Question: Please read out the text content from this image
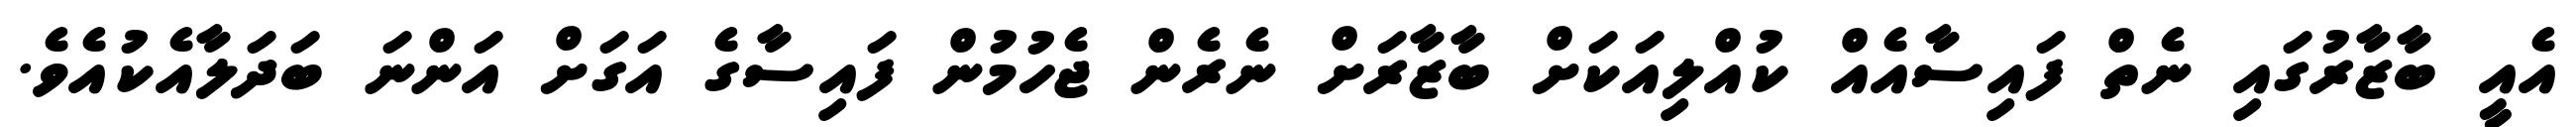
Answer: އެއީ ބާޒާރުގައި ނެތް ފައިސާއެއް ކުއްލިއަކަށް ބާޒާރަށް ނެރެން ޖެހުމުން ފައިސާގެ އަގަށް އަންނަ ބަދަލާއެކުއެވެ.